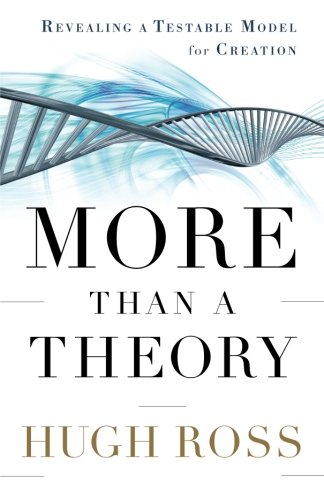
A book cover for More Than a Theory: Revealing a Testable Model for Creation (Reasons to Believe); Hugh Ross; Christian Books & Bibles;